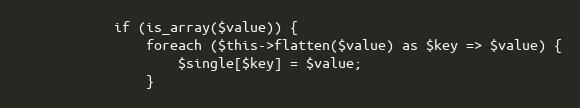
Language: PHP
            if (is_array($value)) {
                foreach ($this->flatten($value) as $key => $value) {
                    $single[$key] = $value;
                }